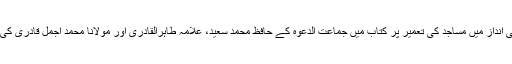
غیر قانونی اور غیر شرعی انداز میں مساجد کی تعمیر پر کتاب میں جماعت الدعوہ کے حافظ محمد سعید، علامہ طاہرالقادری اور مولانا محمد اجمل قادری کی آرابھی شائع کی گئی ہیں۔